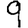
Digit: 9